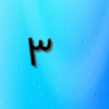
٣